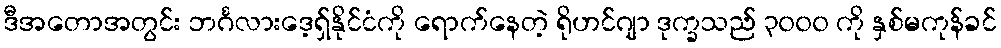
ဒီအတောအတွင်း ဘင်္ဂလားဒေ့ရှ်နိုင်ငံကို ရောက်နေတဲ့ ရိုဟင်ဂျာ ဒုက္ခသည် ၃၀၀၀ ကို နှစ်မကုန်ခင်